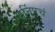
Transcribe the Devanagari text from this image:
टर्निपचं